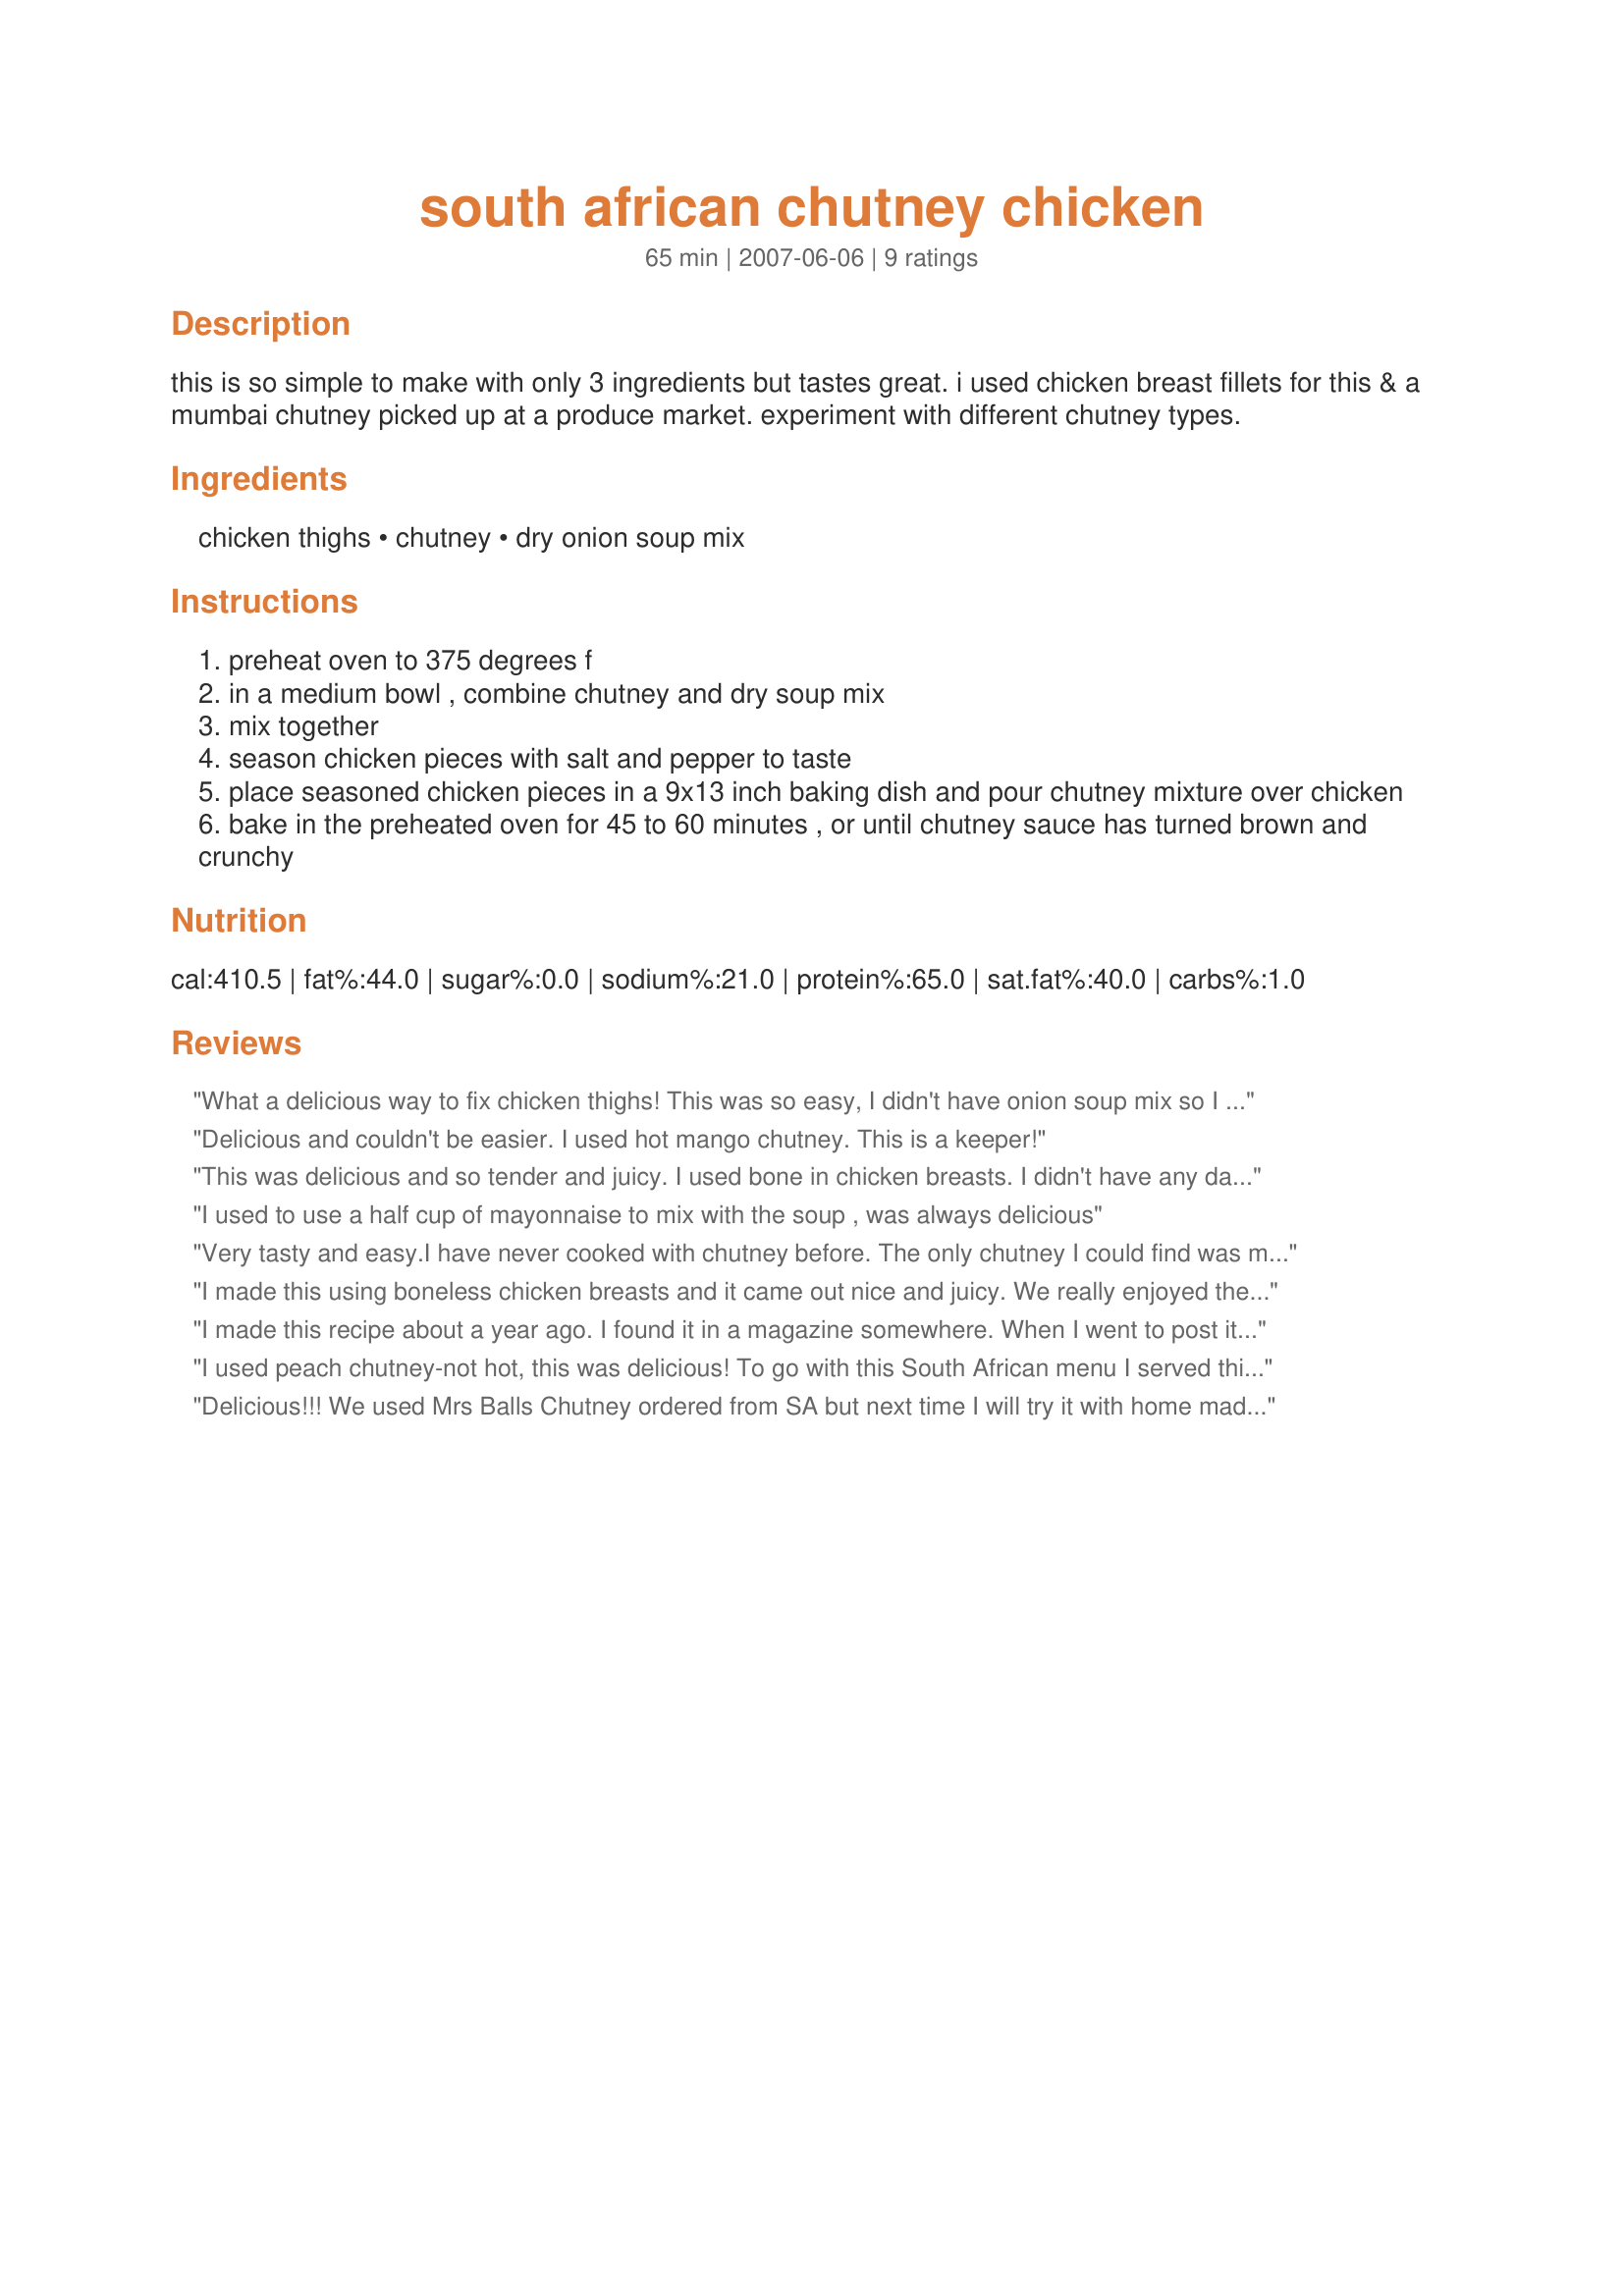
south african chutney chicken
Preparation time: 65 minutes

this is so simple to make with only 3 ingredients but tastes great. i used chicken breast fillets for this & a mumbai chutney picked up at a produce market. experiment with different chutney types.

Ingredients:
chicken thighs, chutney, dry onion soup mix

Steps:
preheat oven to 375 degrees f
in a medium bowl , combine chutney and dry soup mix
mix together
season chicken pieces with salt and pepper to taste
place seasoned chicken pieces in a 9x13 inch baking dish and pour chutney mixture over chicken
bake in the preheated oven for 45 to 60 minutes , or until chutney sauce has turned brown and crunchy

Reviews:
What a delicious way to fix chicken thighs! This was so easy, I didn't have onion soup mix so I used recipe#110331 instead. My husband loved it and kept going back to the fridge long after dinner was over. This may be my new favorite way to have chicken. Made and reviewed for ZWT4.
Delicious and couldn't be easier. I used hot mango chutney. This is a keeper!
This was delicious and so tender and juicy. I used bone in chicken breasts. I didn't have any dark meat left which we prefer here because the white meat always comes out dry but not this time. I only had a 1/2 jar of mango chutney so I add a 1/2 cup of sweet chili sauce and 1/4 cup of mango spread. Instead of the onion soup mix which I also didn't have I used 1 medium onion and 2 tsps of knorr beef boulin. Delicious we will be making this again. thank you.
I used to use a half cup of mayonnaise to mix with the soup , was always delicious
Very tasty and easy.<br/><br/>I have never cooked with chutney before. The only chutney I could find was mango chutney and it wasn't spicy so I added a tough of cayenne to it. I was afraid the chutney might burn before the chicken was done so I baked it covered for the first 30 minutes and then uncovered for the next 30. I used a mix of chicken thighs and breasts. I enjoyed it very much. I served [url=http://www.food.com/recipe/couscous-with-currants-and-cumin-490]couscous with currents and cumin[/url] with this, which went very together.
I made this using boneless chicken breasts and it came out nice and juicy. We really enjoyed the onion/chutney taste combination but I'll make a few changes when I make it next time. Without adding any liquid, the dry soup mix came out with a very strong onion flavor, so I'm going to try it again using half a can of french onion soup with I have mixed with half a can of water, and use French's canned french-fried onions in place of the soup mix. With those changes, I think the flavor will be a little milder while still retaining the great mix of flavors. Thanks for sharing.
I made this recipe about a year ago. I found it in a magazine somewhere. When I went to post it, I found the same recipe! It is really good. I recommend trying it. It is simple, quick, and easy. This is so good, it is on my "possible" list to make for a visit from my mother!
I used peach chutney-not hot, this was delicious! To go with this South African menu I served this with recipe#173004 and recipe#260560
Delicious!!! We used Mrs Balls Chutney ordered from SA but next time I will try it with home made chutney recipe I got of this site. So naturally it was delicious with Mrs Ball's chutney. I spiced it up with cayenne too. Thanks:)
